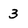
Character: 3